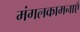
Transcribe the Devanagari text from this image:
मंगलकामनाएँ